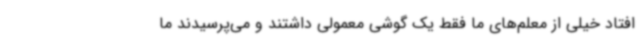
افتاد خیلی از معلم‌های ما فقط یک گوشی معمولی داشتند و می‌پرسیدند ما